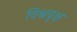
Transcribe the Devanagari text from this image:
विश्ववृक्ष